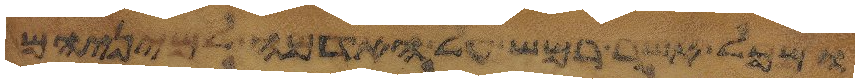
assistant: ומכל אשר רמש על האדמה למיניהם